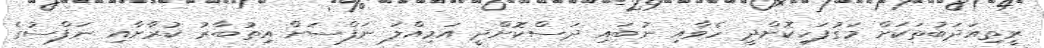
ރީތިއަދަބުތަކަށް މަގުފަހިކޮށްދީ ހެވާއި ނުބައި ދަސްކޮށްދީ އަމިއްލަ ނަފްސަށް އިތުބާރު ކުރާށާއި ނަފްސުގެ